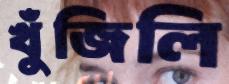
খুঁজিলি